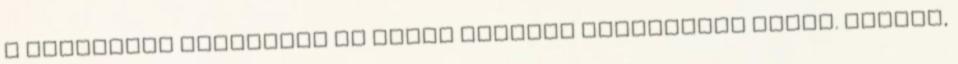
a következő játékokon is közös nemzeti tizenegyet indít. Anglia,